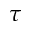
\tau